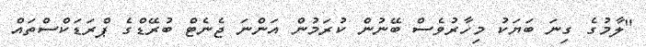
"ލާމުގެ ގިނަ ބަޔަކު މިހާރުވެސް ބޭނުން ކުރަމުން އަންނަ ޖެނެޓް ބުރޭޑްގެ ޕްރަޑަކްސްތައް